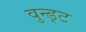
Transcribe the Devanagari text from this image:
वुन्ड्ट